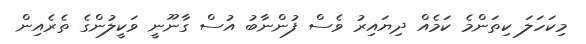
މިކަހަލަ ކިތަންމެ ކަމެއް ދިޔައިރު ވެސް ފުންނާބު އުސް ގާނޫނީ ވަކީލުންގެ ތެރެއިން